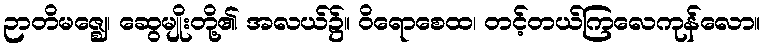
ဉာတိမဇ္ဈေ၊ ဆွေမျိုးတို့၏ အလယ်၌။ ဝိရောစေထ၊ တင့်တယ်ကြလေကုန်လော။